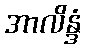
အာလိန္ဒံ